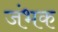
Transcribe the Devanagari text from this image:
जंभक